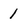
Character: 1